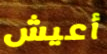
أعيش